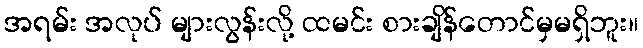
အရမ်း အလုပ် များလွန်းလို့ ထမင်း စားချိန်တောင်မှမရှိဘူး။